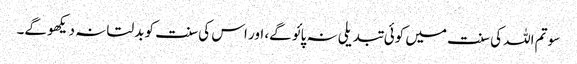
سو تم اللہ کی سنت میں کوئی تبدیلی نہ پائو گے، اور اس کی سنت کو بدلتا نہ دیکھو گے۔